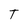
Character: T